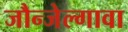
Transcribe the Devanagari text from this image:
जौन्जेल्गावा